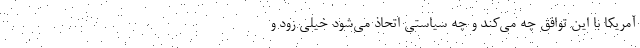
آمریکا با این توافق چه می‌کند و چه سیاستی اتحاذ می‌شود خیلی زود و